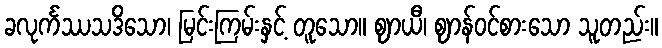
ခလုင်္ကဿသဒိသော၊ မြင်းကြမ်းနှင့် တူသော။ ဈာယီ၊ ဈာန်ဝင်စားသော သူတည်း။